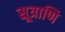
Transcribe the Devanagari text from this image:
सूत्राणि